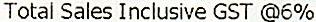
TOTAL SALES INCLUSIVE GST @6%